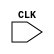
module test_squares (CLK);
   input CLK;
   reg[3:0] FN;
   reg[7:0] answer;
   function [7:0] squares;
      input[3:0] Number;
      begin
        squares = Number * Number;
      end
   endfunction
   initial
   begin
 FN = 4'b0011;
   end
   always @(posedge CLK)
   begin
     answer = squares(FN);
   end
endmodule